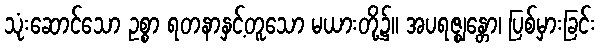
သုံးဆောင်သော ဥစ္စာ ရတနာနှင့်တူသော မယားတို့၌။ အပရဇ္ဈန္တော၊ ပြစ်မှားခြင်း